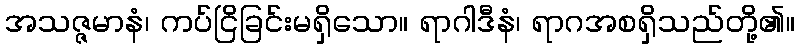
အသဇ္ဇမာနံ၊ ကပ်ငြိခြင်းမရှိသော။ ရာဂါဒီနံ၊ ရာဂအစရှိသည်တို့၏။